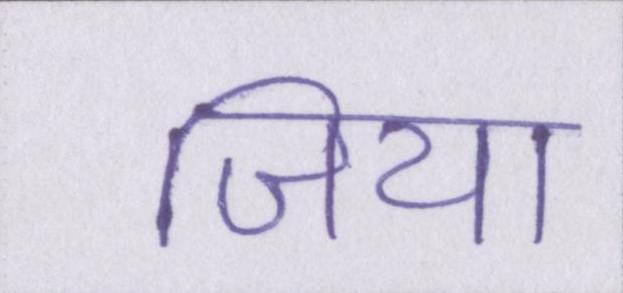
जिया